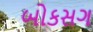
બોકસગ